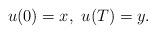
LaTeX: \begin{align*}u(0)=x, \ u(T)=y.\end{align*}